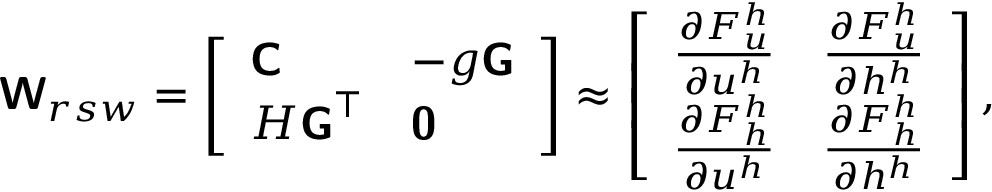
\boldsymbol { \mathsf { W } } _ { r s w } = \left[ \begin{array} { l l } { \boldsymbol { \mathsf { C } } } & { - g \boldsymbol { \mathsf { G } } } \\ { H \boldsymbol { \mathsf { G } } ^ { \top } } & { \boldsymbol { \mathsf { 0 } } } \end{array} \right] \approx \left[ \begin{array} { l l } { \frac { \partial F _ { u } ^ { h } } { \partial \boldsymbol { u } ^ { h } } } & { \frac { \partial F _ { u } ^ { h } } { \partial h ^ { h } } } \\ { \frac { \partial F _ { h } ^ { h } } { \partial \boldsymbol { u } ^ { h } } } & { \frac { \partial F _ { h } ^ { h } } { \partial h ^ { h } } } \end{array} \right] ,